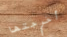
أخرجتها